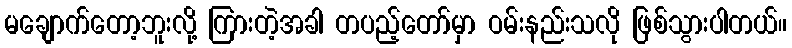
မချောက်တော့ဘူးလို့ ကြားတဲ့အခါ တပည့်တော်မှာ ဝမ်းနည်းသလို ဖြစ်သွားပါတယ်။